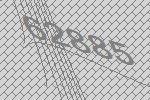
62885